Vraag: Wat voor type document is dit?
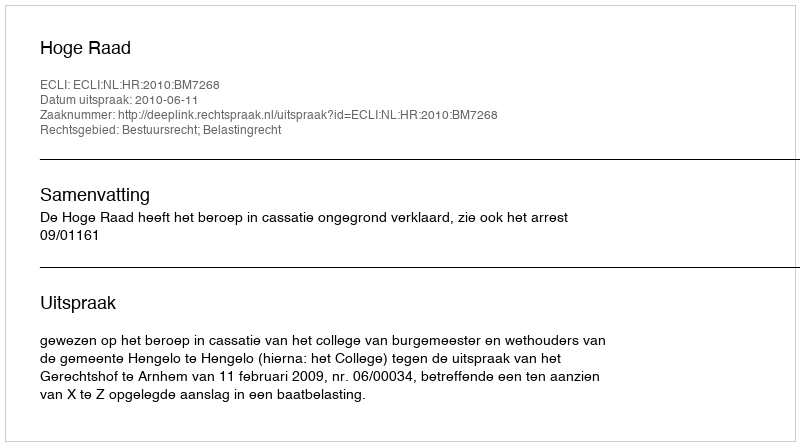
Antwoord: Uitspraak